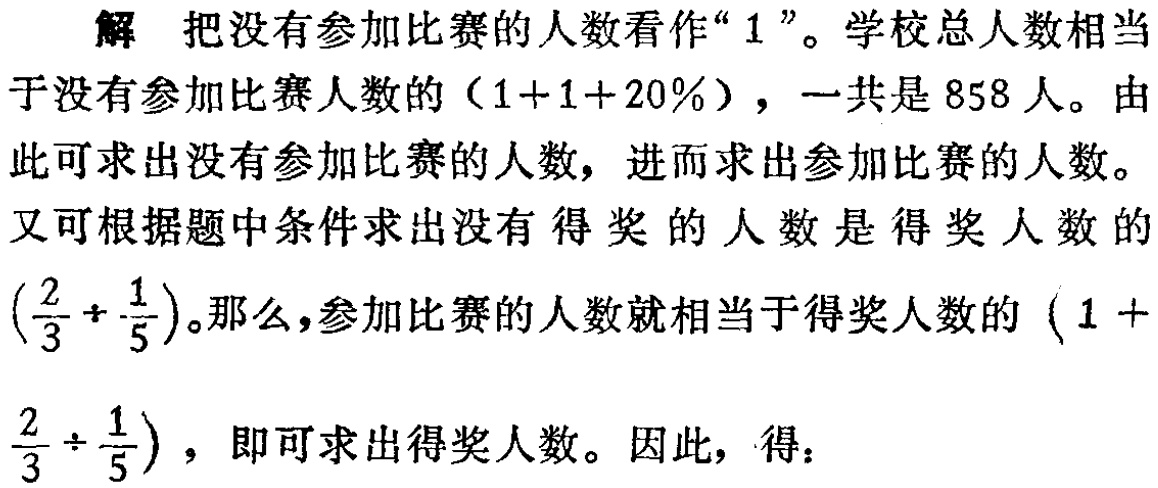
解 把没有参加比赛的人数看作“$1$”。学校总人数相当于没有参加比赛人数的$(1 + 1 + 20\%)$，一共是$858$人。由此可求出没有参加比赛的人数，进而求出参加比赛的人数。

又可根据题中条件求出没有得奖的人数是得奖人数的$(\frac{2}{3}\div\frac{1}{5})$。那么，参加比赛的人数就相当于得奖人数的$(1+\frac{2}{3}\div\frac{1}{5})$，即可求出得奖人数。因此，得：